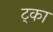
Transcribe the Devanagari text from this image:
ट्का